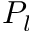
P _ { l }